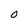
Character: O